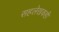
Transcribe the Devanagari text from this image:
सहलेखकही